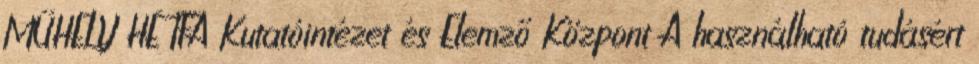
MŰHELY HÉTFA Kutatóintézet és Elemző Központ A használható tudásért